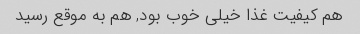
هم کیفیت غذا خیلی خوب بود, هم به موقع رسید